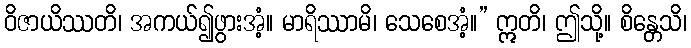
ဝိဇာယိဿတိ၊ အကယ်၍ဖွားအံ့။ မာရိဿာမိ၊ သေစေအံ့။” ဣတိ၊ ဤသို့။ စိန္တေသိ၊